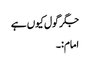
جگر گول کیوں ہے
امام:۔